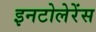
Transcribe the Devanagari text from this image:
इनटोलेरेंस